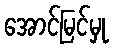
အောင်မြင်မှု